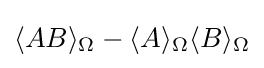
\langle AB\rangle _{\Omega }-\langle A\rangle _{\Omega }\langle B\rangle _{\Omega }